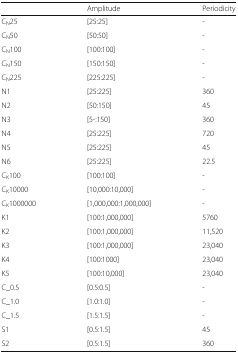
<table><thead><tr><td></td><td><b>Amplitude</b></td><td><b>Periodicity</b></td></tr></thead><tbody><tr><td>C<sub>N</sub>25</td><td>[25:25]</td><td>-</td></tr><tr><td>C<sub>N</sub>50</td><td>[50:50]</td><td>-</td></tr><tr><td>C<sub>N</sub>100</td><td>[100:100]</td><td>-</td></tr><tr><td>C<sub>N</sub>150</td><td>[150:150]</td><td>-</td></tr><tr><td>C<sub>N</sub>225</td><td>[225:225]</td><td>-</td></tr><tr><td>N1</td><td>[25:225]</td><td>360</td></tr><tr><td>N2</td><td>[50:150]</td><td>45</td></tr><tr><td>N3</td><td>[5-:150]</td><td>360</td></tr><tr><td>N4</td><td>[25:225]</td><td>720</td></tr><tr><td>N5</td><td>[25:225]</td><td>45</td></tr><tr><td>N6</td><td>[25:225]</td><td>22.5</td></tr><tr><td>C<sub>K</sub>100</td><td>[100:100]</td><td>-</td></tr><tr><td>C<sub>K</sub>10000</td><td>[10,000:10,000]</td><td>-</td></tr><tr><td>C<sub>K</sub>1000000</td><td>[1,000,000:1,000,000]</td><td>-</td></tr><tr><td>K1</td><td>[100:1,000,000]</td><td>5760</td></tr><tr><td>K2</td><td>[100:1,000,000]</td><td>11,520</td></tr><tr><td>K3</td><td>[100:1,000,000]</td><td>23,040</td></tr><tr><td>K4</td><td>[100:1000]</td><td>23,040</td></tr><tr><td>K5</td><td>[100:10,000]</td><td>23,040</td></tr><tr><td>C_0.5</td><td>[0.5:0.5]</td><td>-</td></tr><tr><td>C_1.0</td><td>[1.0:1.0]</td><td>-</td></tr><tr><td>C_1.5</td><td>[1.5:1.5]</td><td>-</td></tr><tr><td>S1</td><td>[0.5:1.5]</td><td>45</td></tr><tr><td>S2</td><td>[0.5:1.5]</td><td>360</td></tr></tbody></table>